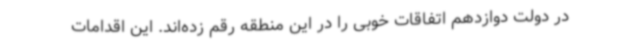
در دولت دوازدهم اتفاقات خوبی را در این منطقه رقم زده‌اند. این اقدامات